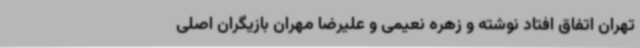
تهران اتفاق افتاد نوشته و زهره نعیمی و علیرضا مهران بازیگران اصلی